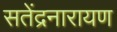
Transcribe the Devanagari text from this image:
सतेंद्रनारायण